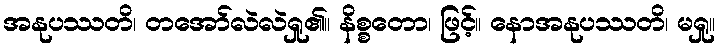
အနုပဿတိ၊ တအော်လဲလဲရှု၏။ နိစ္စတော၊ ဖြင့်။ နောအနုပဿတိ၊ မရှု။